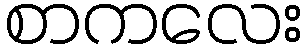
စာကလေး